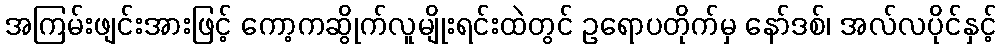
အကြမ်းဖျင်းအားဖြင့် ကော့ကဆွိုက်လူမျိုးရင်းထဲတွင် ဥရောပတိုက်မှ နော်ဒစ်၊ အလ်လပိုင်နှင့်